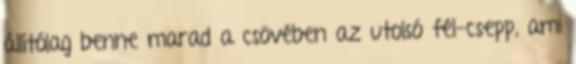
állítólag benne marad a csövében az utolsó fél-csepp, ami